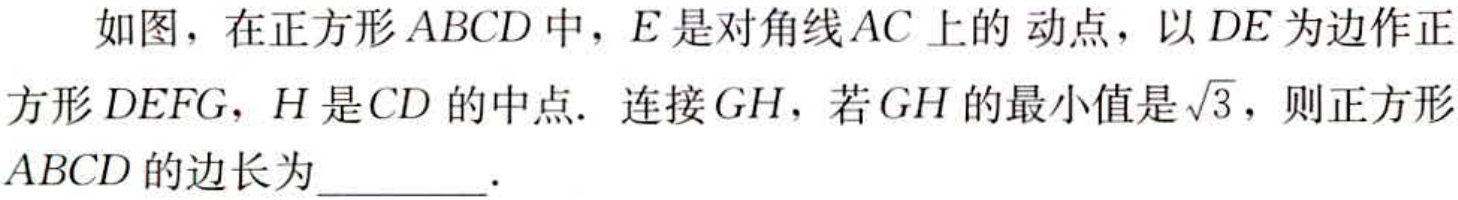
如图，在正方形\(ABCD\)中，\(E\)是对角线\(AC\)上的动点，以\(DE\)为边作正方形\(DEFG\)，\(H\)是\(CD\)的中点. 连接\(GH\)，若\(GH\)的最小值是\(\sqrt{3}\)，则正方形\(ABCD\)的边长为________.